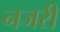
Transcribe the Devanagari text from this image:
नजरी